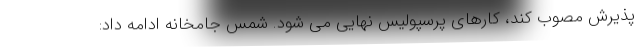
پذیرش مصوب کند، کارهای پرسپولیس نهایی می شود. شمس جامخانه ادامه داد: